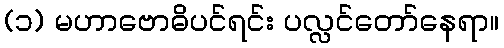
(၁) မဟာဗောဓိပင်ရင်း ပလ္လင်တော်နေရာ။